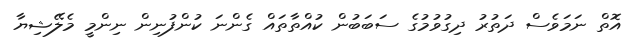
އޮތް ނަމަވެސް ދަތުރު ދިގުވުމުގެ ސަބަބުން ކުއްތާތައް ގެންނަ ކުންފުނިން ނިންމީ މެލޭޝިޔާ